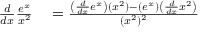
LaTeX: \begin{array} { r l } { { \frac { d } { d x } } { \frac { e ^ { x } } { x ^ { 2 } } } } & { { } = { \frac { \left( { \frac { d } { d x } } e ^ { x } \right) ( x ^ { 2 } ) - ( e ^ { x } ) \left( { \frac { d } { d x } } x ^ { 2 } \right) } { ( x ^ { 2 } ) ^ { 2 } } } } \end{array}